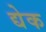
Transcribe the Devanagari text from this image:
द्येक